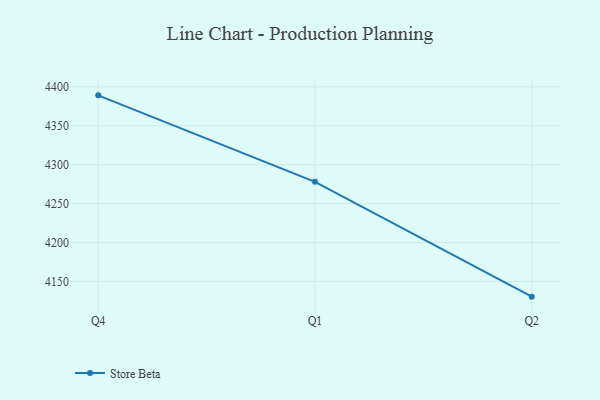
{"axis": {"x": "Quarter", "y": "Satisfaction Score"}, "legend": ["Store Beta"], "data": [{"x": "Q4", "y": 4389.1, "type": "Store Beta"}, {"x": "Q1", "y": 4278.1, "type": "Store Beta"}, {"x": "Q2", "y": 4130.6, "type": "Store Beta"}]}